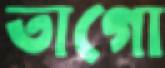
তাগো